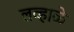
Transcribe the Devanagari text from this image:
लव्हाळे